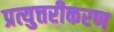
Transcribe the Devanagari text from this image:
प्रत्युत्तरीकरण